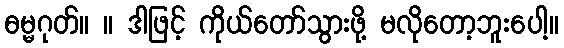
ဓမ္မဂုတ်။ ။ ဒါဖြင့် ကိုယ်တော်သွားဖို့ မလိုတော့ဘူးပေါ့။